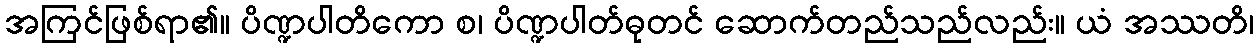
အကြင်ဖြစ်ရာ၏။ ပိဏ္ဍပါတိကော စ၊ ပိဏ္ဍပါတ်ဓုတင် ဆောက်တည်သည်လည်း။ ယံ အဿတိ၊